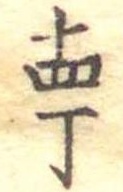
十四丁